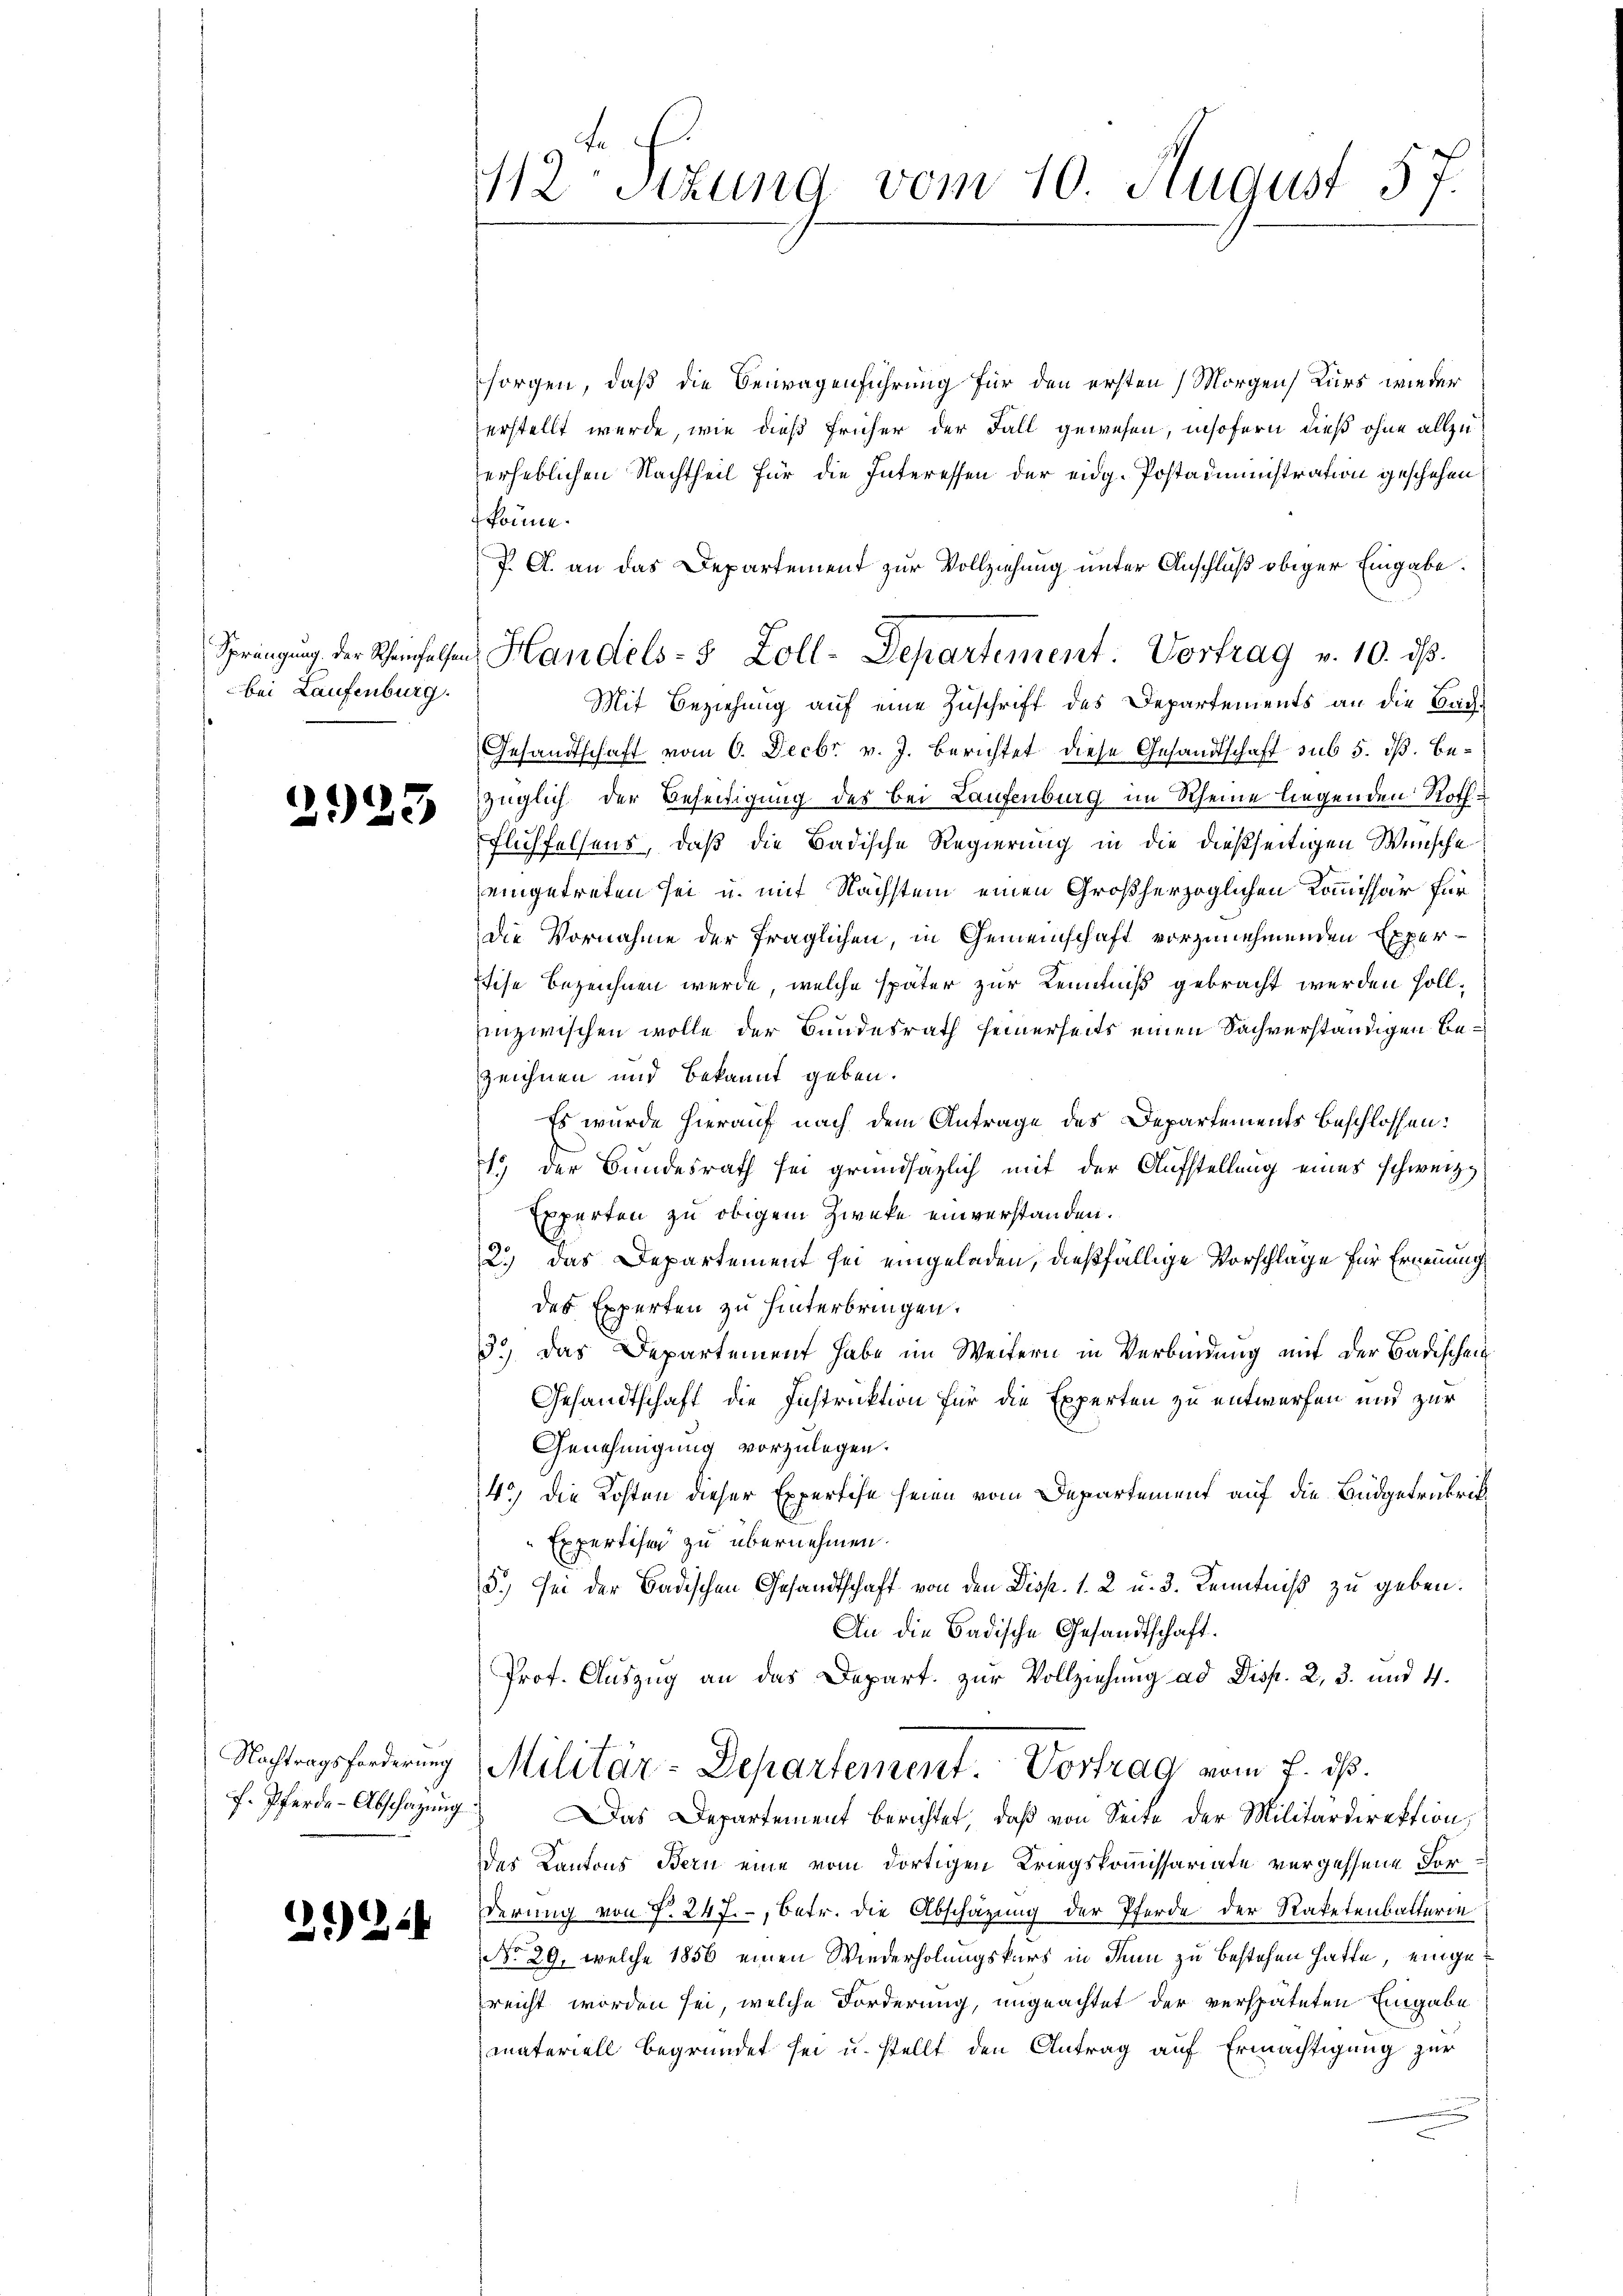
Springung. Der Rheinfelse
bei Laufenburg.

)
e

Nachtragsforderung
F. Pferde-Abschazung

2124

12 Stzung vom 10 August 57.

sorgen, daß die Beuragenführung für den ersten Morgen Kurs wieder
erstellt wurde, wie dieß früher der Fall gewesen, insofern dieß ohne allzuerheblichen Nachtheil für die Interessen der eidg. Postadministration geschehen
könne.
J. A. an das Departement zur Vollziehung unter Anschluß obiger Eingabe.
 Handels- & Zoll-Departement Vortrag v. 10. ds.
Mit Beziehung auf eine Zuschrift des Departements an die Bach¬
Gesandtschaft vom 6. Decbr. v. J. berichtet diese Gesandtschaft sub 5. dß. Bezüglich der Beseitigung des bei Laufenburg im Rheine liegenden Roth
Fluchfelsens, daß die Badische Regierung in die dießseitigen Wünsche
eingetreten sei u. mit Nächstein einen Großherzoglichen Kommissär für
die Vornahme der fraglichen, in Gemeinschaft vorzunehmenden Exper¬
Eise bezeichnen werde, welche später zur Kenntniß gebracht werden sollinzwischen wolle der Bundesrath seinerseits einen Sachverständigen bezeichnen und Bekannt geben.
Es wurde hierauf nach dem Antrage des Departements beschlossen:
1) der Bundesrath sei grundsätzlich mit der Aufstellung eines schweiz.
Experten zu obigem Zwecke einverstanden.
2.) Das Departement sei eingeladen, dießfällige Vorschlage für Ernennung
des Experten zu hinterbringen.
3.) Das Departement habe im Weitern in Verbindung mit der Badischen
Gesandtschaft die Instruktion für die Experten zu entwerfen und zur
Genehmigung vorzulegen.
43) die Kosten dieser Expertise seien vom Departement auf die Budgetrubrik¬
Expertisen zu übernehmen.
5.) Sei der Badischen Gesandtschaft von den Disp. 1. 2 u. 3. Kenntniß zu geben.
An die Badische Gesandtschaft.
Prof. Auszug an das Depart. zur Vollziehung ad Disp. 2, 3. und 4.
Militär-Departement. Vortrag vom 7. d.
Das Departement berichtet, daß von Seite der Militärdirektion,
des Kantons Bern eine vom dortigen Kriegskommissariate vergessene Forderung von P. 247., betr. die Abschazung der Pferde der Ratetenbatterin
No 29, welche 1856 einen Wiederholungskurs in den zu bestehen hatte, eingereicht worden sei, welche Forderung, ungeachtet der verspäteten Eingabe
materiell begründet sei u. stellt den Antrag auf Ermächtigung zur